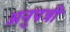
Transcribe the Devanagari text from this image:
अनुपत्री